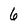
Character: 6